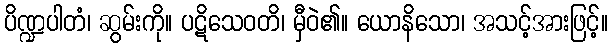
ပိဏ္ဍပါတံ၊ ဆွမ်းကို။ ပဋိသေဝတိ၊ မှီဝဲ၏။ ယောနိသော၊ အသင့်အားဖြင့်။